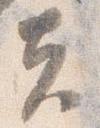
夫